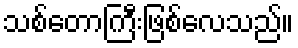
သစ်တောကြီးဖြစ်လေသည်။